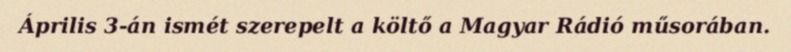
Április 3-án ismét szerepelt a költő a Magyar Rádió műsorában.